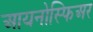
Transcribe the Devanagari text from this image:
आयनोस्फिअर